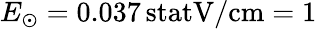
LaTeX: E_{\odot}=0.037\, \mathrm{statV}/\mathrm{cm}=1